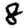
Digit: 8